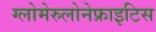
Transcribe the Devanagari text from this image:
ग्लोमेरुलोनेफ्राइटिस